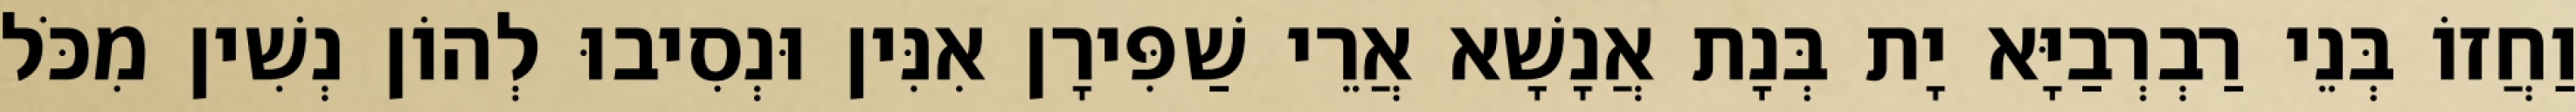
וַחֲזוֹ בְּנֵי רַבְרְבַיָּא יָת בְּנָת אֲנָשָׁא אֲרֵי שַׁפִּירָן אִנִּין וּנְסִיבוּ לְהוֹן נְשִׁין מִכֹּל